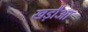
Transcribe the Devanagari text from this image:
खड़ौआ